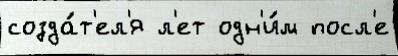
созда́т'ел'я л'ет одн'и́м посл'е